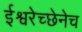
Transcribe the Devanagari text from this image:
ईश्वरेच्छेनेच